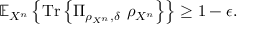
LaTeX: \mathbb { E } _ { X ^ { n } } \left\{ { \mathrm { T r } } \left\{ \Pi _ { \rho _ { X ^ { n } } , \delta } \ \rho _ { X ^ { n } } \right\} \right\} \geq 1 - \epsilon .